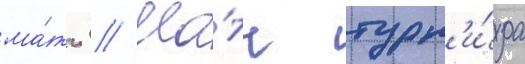
ма́тч // Ма́тч турн'и́ра